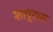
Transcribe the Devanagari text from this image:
शापूरच्या